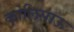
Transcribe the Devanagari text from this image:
कोलिसाऊ